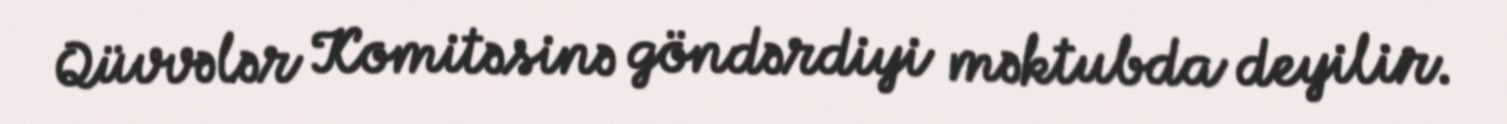
Qüvvələr Komitəsinə göndərdiyi məktubda deyilir.